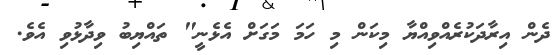
ދެން އިރާދަކުރެއްވިއްޔާ މިކަން މި ހަމަ މަގަށް އެޅެނީ" ތައްޔިބު ވިދާޅުވި އެވެ.